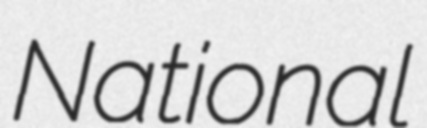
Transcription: National